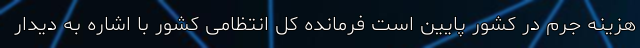
هزینه جرم در کشور پایین است فرمانده کل انتظامی کشور با اشاره به دیدار